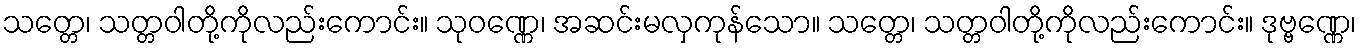
သတ္တေ၊ သတ္တဝါတို့ကိုလည်းကောင်း။ သုဝဏ္ဏေ၊ အဆင်းမလှကုန်သော။ သတ္တေ၊ သတ္တဝါတို့ကိုလည်းကောင်း။ ဒုဗ္ဗဏ္ဏေ၊